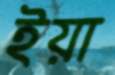
ইয়া